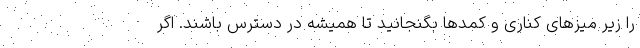
را زیر میزهای کناری و کمدها بگنجانید تا همیشه در دسترس باشند. اگر